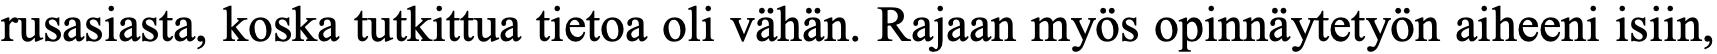
rusasiasta, koska tutkittua tietoa oli vähän. Rajaan myös opinnäytetyön aiheeni isiin,